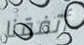
أتفقنا